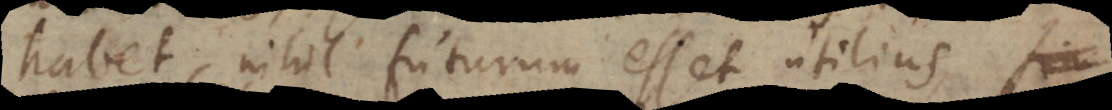
habet, nihil futurum esset utilius,